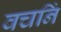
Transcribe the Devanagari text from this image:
वचनिं